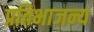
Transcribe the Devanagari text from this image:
प्रतिभाजन्य